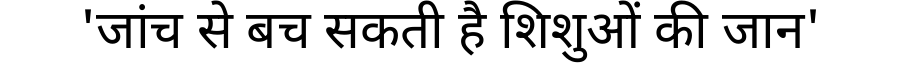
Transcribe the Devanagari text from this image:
'जांच से बच सकती है शिशुओं की जान'